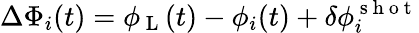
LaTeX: \Delta\Phi_{i}(t)=\phi_{\mathrm{~L~}}(t)-\phi_{i}(t)+\delta\phi_{i}^{\mathrm{~s~h~o~t~}}